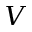
V